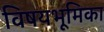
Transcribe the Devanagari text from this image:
विषयभूमिका